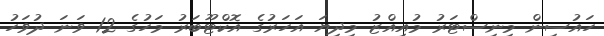
ހައުސިން މިނިސްޓަރު މުއިއްޒު މިދިޔަ އަހަރުގެ އޮކްޓޫބަރު މަހުގެ 12 ވަނަ ދުވަހު